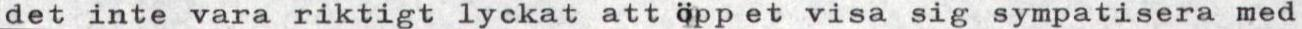
det inte vara riktigt lyckat att öpp et visa sig sympatisera med